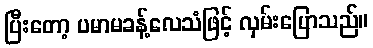
ပြီးတော့ ပမာမခန့်လေသံဖြင့် လှမ်းပြောသည်။